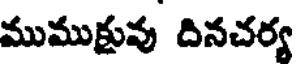
ముముక్షువు దినచర్య